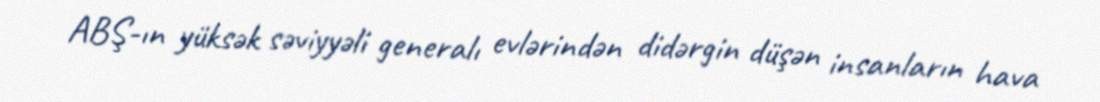
ABŞ-ın yüksək səviyyəli generalı evlərindən didərgin düşən insanların hava